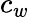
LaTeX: c_{w}